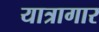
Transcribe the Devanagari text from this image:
यात्रागार